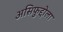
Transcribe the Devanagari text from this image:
असिफुद्दोला